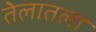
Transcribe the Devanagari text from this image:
तेलातला